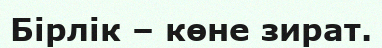
Бірлік – көне зират.